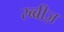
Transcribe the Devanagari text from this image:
रब्बीज़